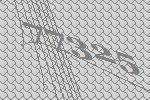
77325